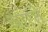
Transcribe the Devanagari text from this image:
वारते